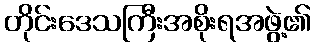
တိုင်းဒေသကြီးအစိုးရအဖွဲ့၏